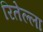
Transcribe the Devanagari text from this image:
रितेल्ला